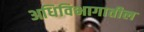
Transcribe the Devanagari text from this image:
अधिविभागातील